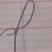
Signature authenticity: forged